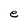
Character: e